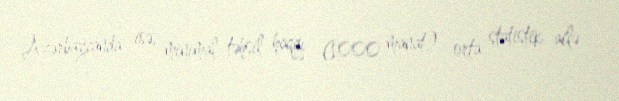
Azərbaycanda isə, minimal təhsil haqqı (1000 manat) orta statistik ailə